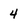
Character: 4